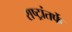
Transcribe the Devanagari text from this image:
राष्ट्रांतर्फे